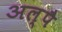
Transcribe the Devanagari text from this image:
अल्पै